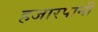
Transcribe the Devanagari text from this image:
हजारपानी